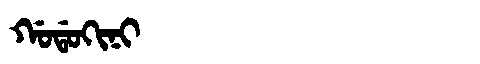
Manchu: ᡤᠣᡩᠣᡴᡳᠨᡳ
Romanization: GODOKINI